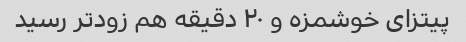
پیتزای خوشمزه و ۲۰ دقیقه هم زودتر رسید